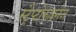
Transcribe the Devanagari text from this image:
स्ट्रैप्टोकाइनेज